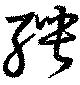
聘